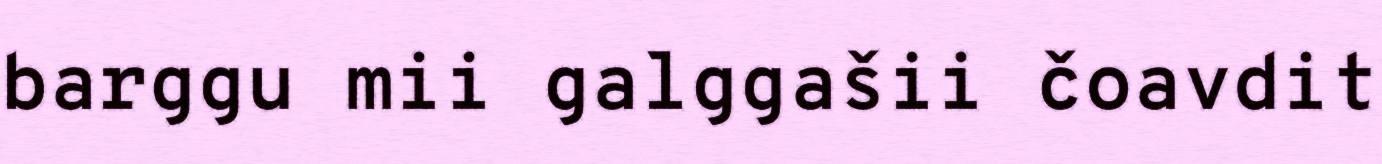
barggu mii galggašii čoavdit